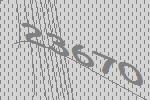
23670